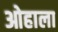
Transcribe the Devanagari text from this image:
ओहाला